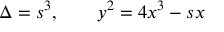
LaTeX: \Delta = s ^ { 3 } , \qquad y ^ { 2 } = 4 x ^ { 3 } - s x